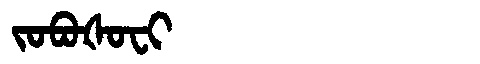
Manchu: ᠵᠣᠪᠣᡧᠣᠸᡳ
Romanization: JOBOŠOFI